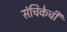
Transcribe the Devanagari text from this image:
संचिकेची